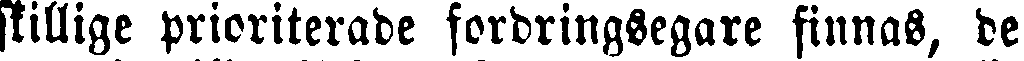
skillige prioriterade fordringsegare finnas, de